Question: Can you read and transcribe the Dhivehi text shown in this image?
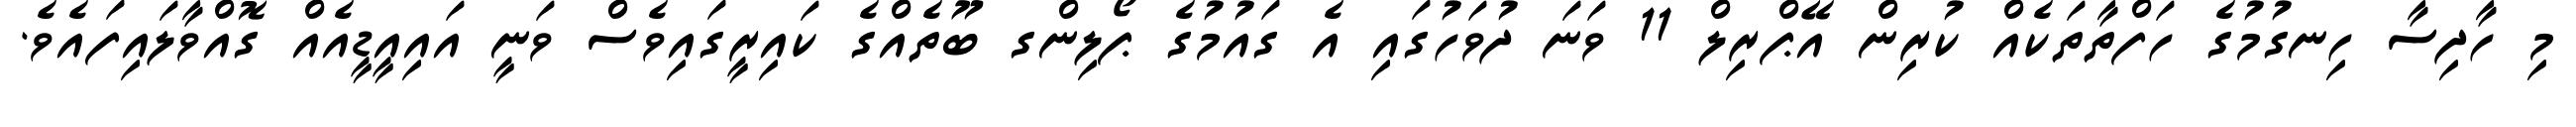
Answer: މި ހާދިސާ ހިނގުމުގެ ހަފްތާތަކެއް ކުރިން އޭޕްރިލް 11 ވަނަ ދުވަހުގައި އެ ގައުމުގެ ޕޯލިންގ ބޫތެއްގެ ކައިރީގައިވެސް ވަނީ އައިއީޑީއެއް ގޮއްވާލައިފައެވެ.